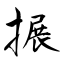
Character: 搌